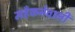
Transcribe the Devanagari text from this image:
महँकनेवाली